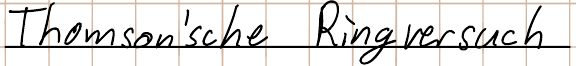
Thomson´sche Ringversuch